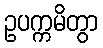
ဥပက္ကမိတွာ